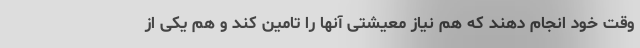
وقت خود انجام دهند که هم نیاز معیشتی آنها را تامین کند و هم یکی از